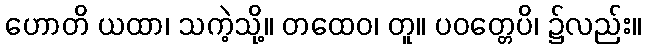
ဟောတိ ယထာ၊ သကဲ့သို့။ တထေဝ၊ တူ။ ပဝတ္တေပိ၊ ၌လည်း။